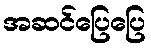
အဆင်ပြေပြေ